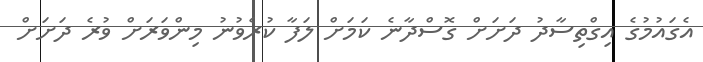
އެގައުމުގެ އިގްތިސާދު ދަށަށް ގޮސްދާނެ ކަމަށް ލަފާ ކުރެވުނު މިންވަރަށް ވުރެ ދަށަށް